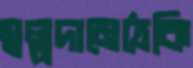
স্বল্পদামেঠেকি